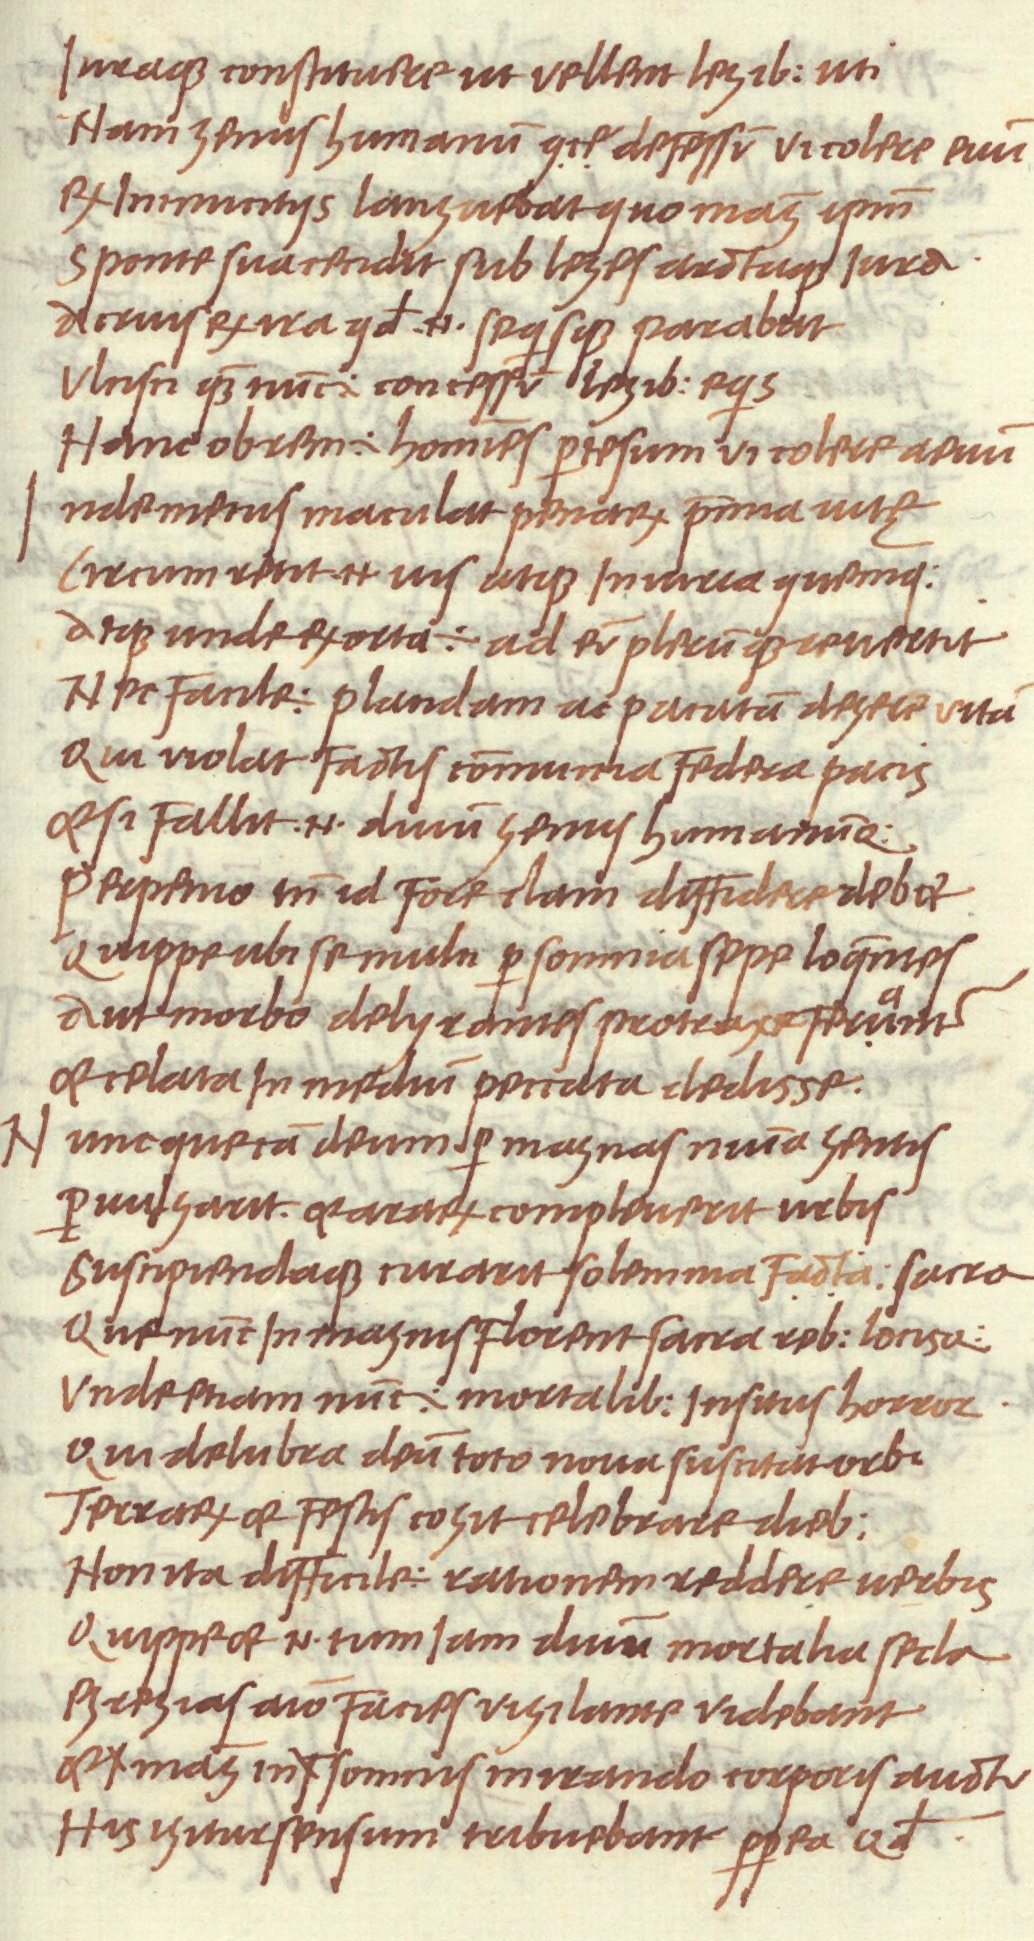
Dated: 1468–1469